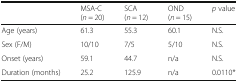
|  | MSA-C(n = 20) | SCA(n = 12) | OND(n = 15) | p value |
 | --- | --- | --- | --- | --- |
 | Age (years) | 61.3 | 55.3 | 60.1 | N.S. |
 | Sex (F/M) | 10/10 | 7/5 | 5/10 | N.S. |
 | Onset (years) | 59.1 | 44.7 | n/a | N.S. |
 | Duration (months) | 25.2 | 125.9 | n/a | 0.0110* |